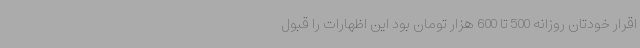
اقرار خودتان روزانه 500 تا 600 هزار تومان بود این اظهارات را قبول